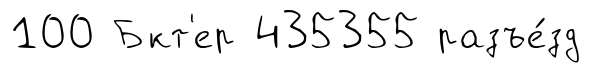
100 Бкт'ер 435355 разъе́зд